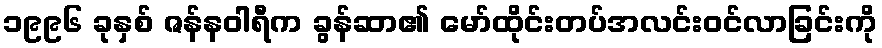
၁၉၉၆ ခုနှစ် ဇန်နဝါရီက ခွန်ဆာ၏ မော်ထိုင်းတပ်အလင်းဝင်လာခြင်းကို